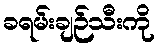
ခရမ်းချဉ်သီးကို